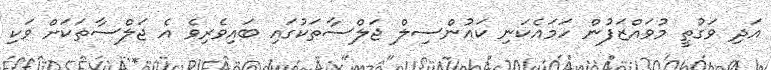
އަދި ވަގުތީ މުވައްޒަފުން ހަމައެކަނި ކައުންސިލް ޖަލްސާތަކުގައި ބައިވެރިވެ އެ ޖަލްސާތަކަށް ވަކި